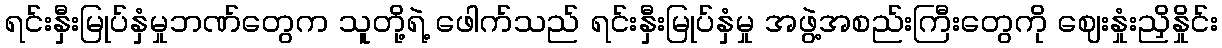
ရင်းနှီးမြုပ်နှံမှုဘဏ်တွေက သူတို့ရဲ့ ဖေါက်သည် ရင်းနှီးမြုပ်နှံမှု အဖွဲ့အစည်းကြီးတွေကို ဈေးနှုံးညှိနှိုင်း